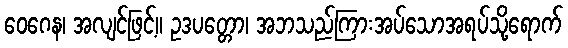
ဝေဂေန၊ အလျင်ဖြင့်။ ဥဒပတ္တော၊ အဘသည်ကြားအပ်သောအရပ်သို့ရောက်